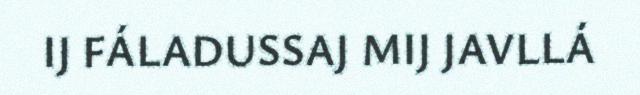
IJ FÁLADUSSAJ MIJ JAVLLÁ